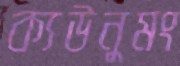
ক্যউনুমং